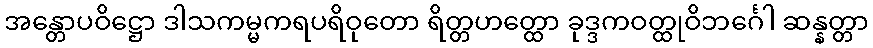
အန္တောပဝိဋ္ဌော ဒါသကမ္မကရပရိဝုတော ရိတ္တဟတ္ထော ခုဒ္ဒကဝတ္ထုဝိဘင်္ဂေါ ဆန္နတ္တာ